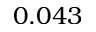
0 . 0 4 3